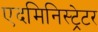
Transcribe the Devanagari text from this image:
एदमिनिस्ट्रेटर